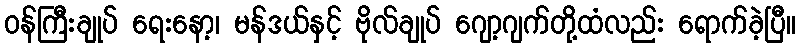
ဝန်ကြီးချုပ် ရေးနော့၊ မန်ဒယ်နှင့် ဗိုလ်ချုပ် ဂျော့ဂျက်တို့ထံလည်း ရောက်ခဲ့ပြီ။